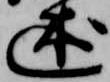
述